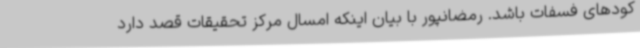
کودهای فسفات باشد. رمضانپور با بیان اینکه امسال مرکز تحقیقات قصد دارد